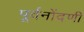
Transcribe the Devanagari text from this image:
पूर्वनोंदणी